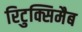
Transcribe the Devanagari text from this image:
रिटुक्सिमैब